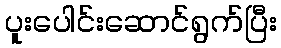
ပူးပေါင်းဆောင်ရွက်ပြီး